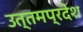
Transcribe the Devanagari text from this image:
उत्तमप्रदेश